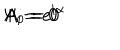
\Psi = e ^ { i \alpha } \hspace { 1 . 2 c m } A _ { i } = 0 \hspace { 1 . 2 c m } A _ { 0 } = 0